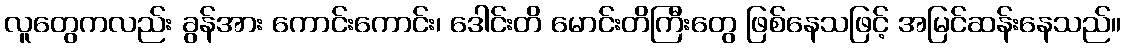
လူတွေကလည်း ခွန်အား ကောင်းကောင်း၊ ဒေါင်းတိ မောင်းတိကြီးတွေ ဖြစ်နေသဖြင့် အမြင်ဆန်းနေသည်။